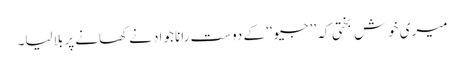
میری خوش بختی کہ ’’جیو‘‘ کے دوست رانا جواد نے کھانے پر بلالیا۔